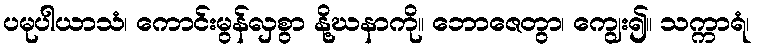
ပမုပါယာသံ၊ ကောင်းမွန်လှစွာ နို့ဃနာကို။ ဘောဇေတွာ၊ ကျွေး၍။ သက္ကာရံ၊